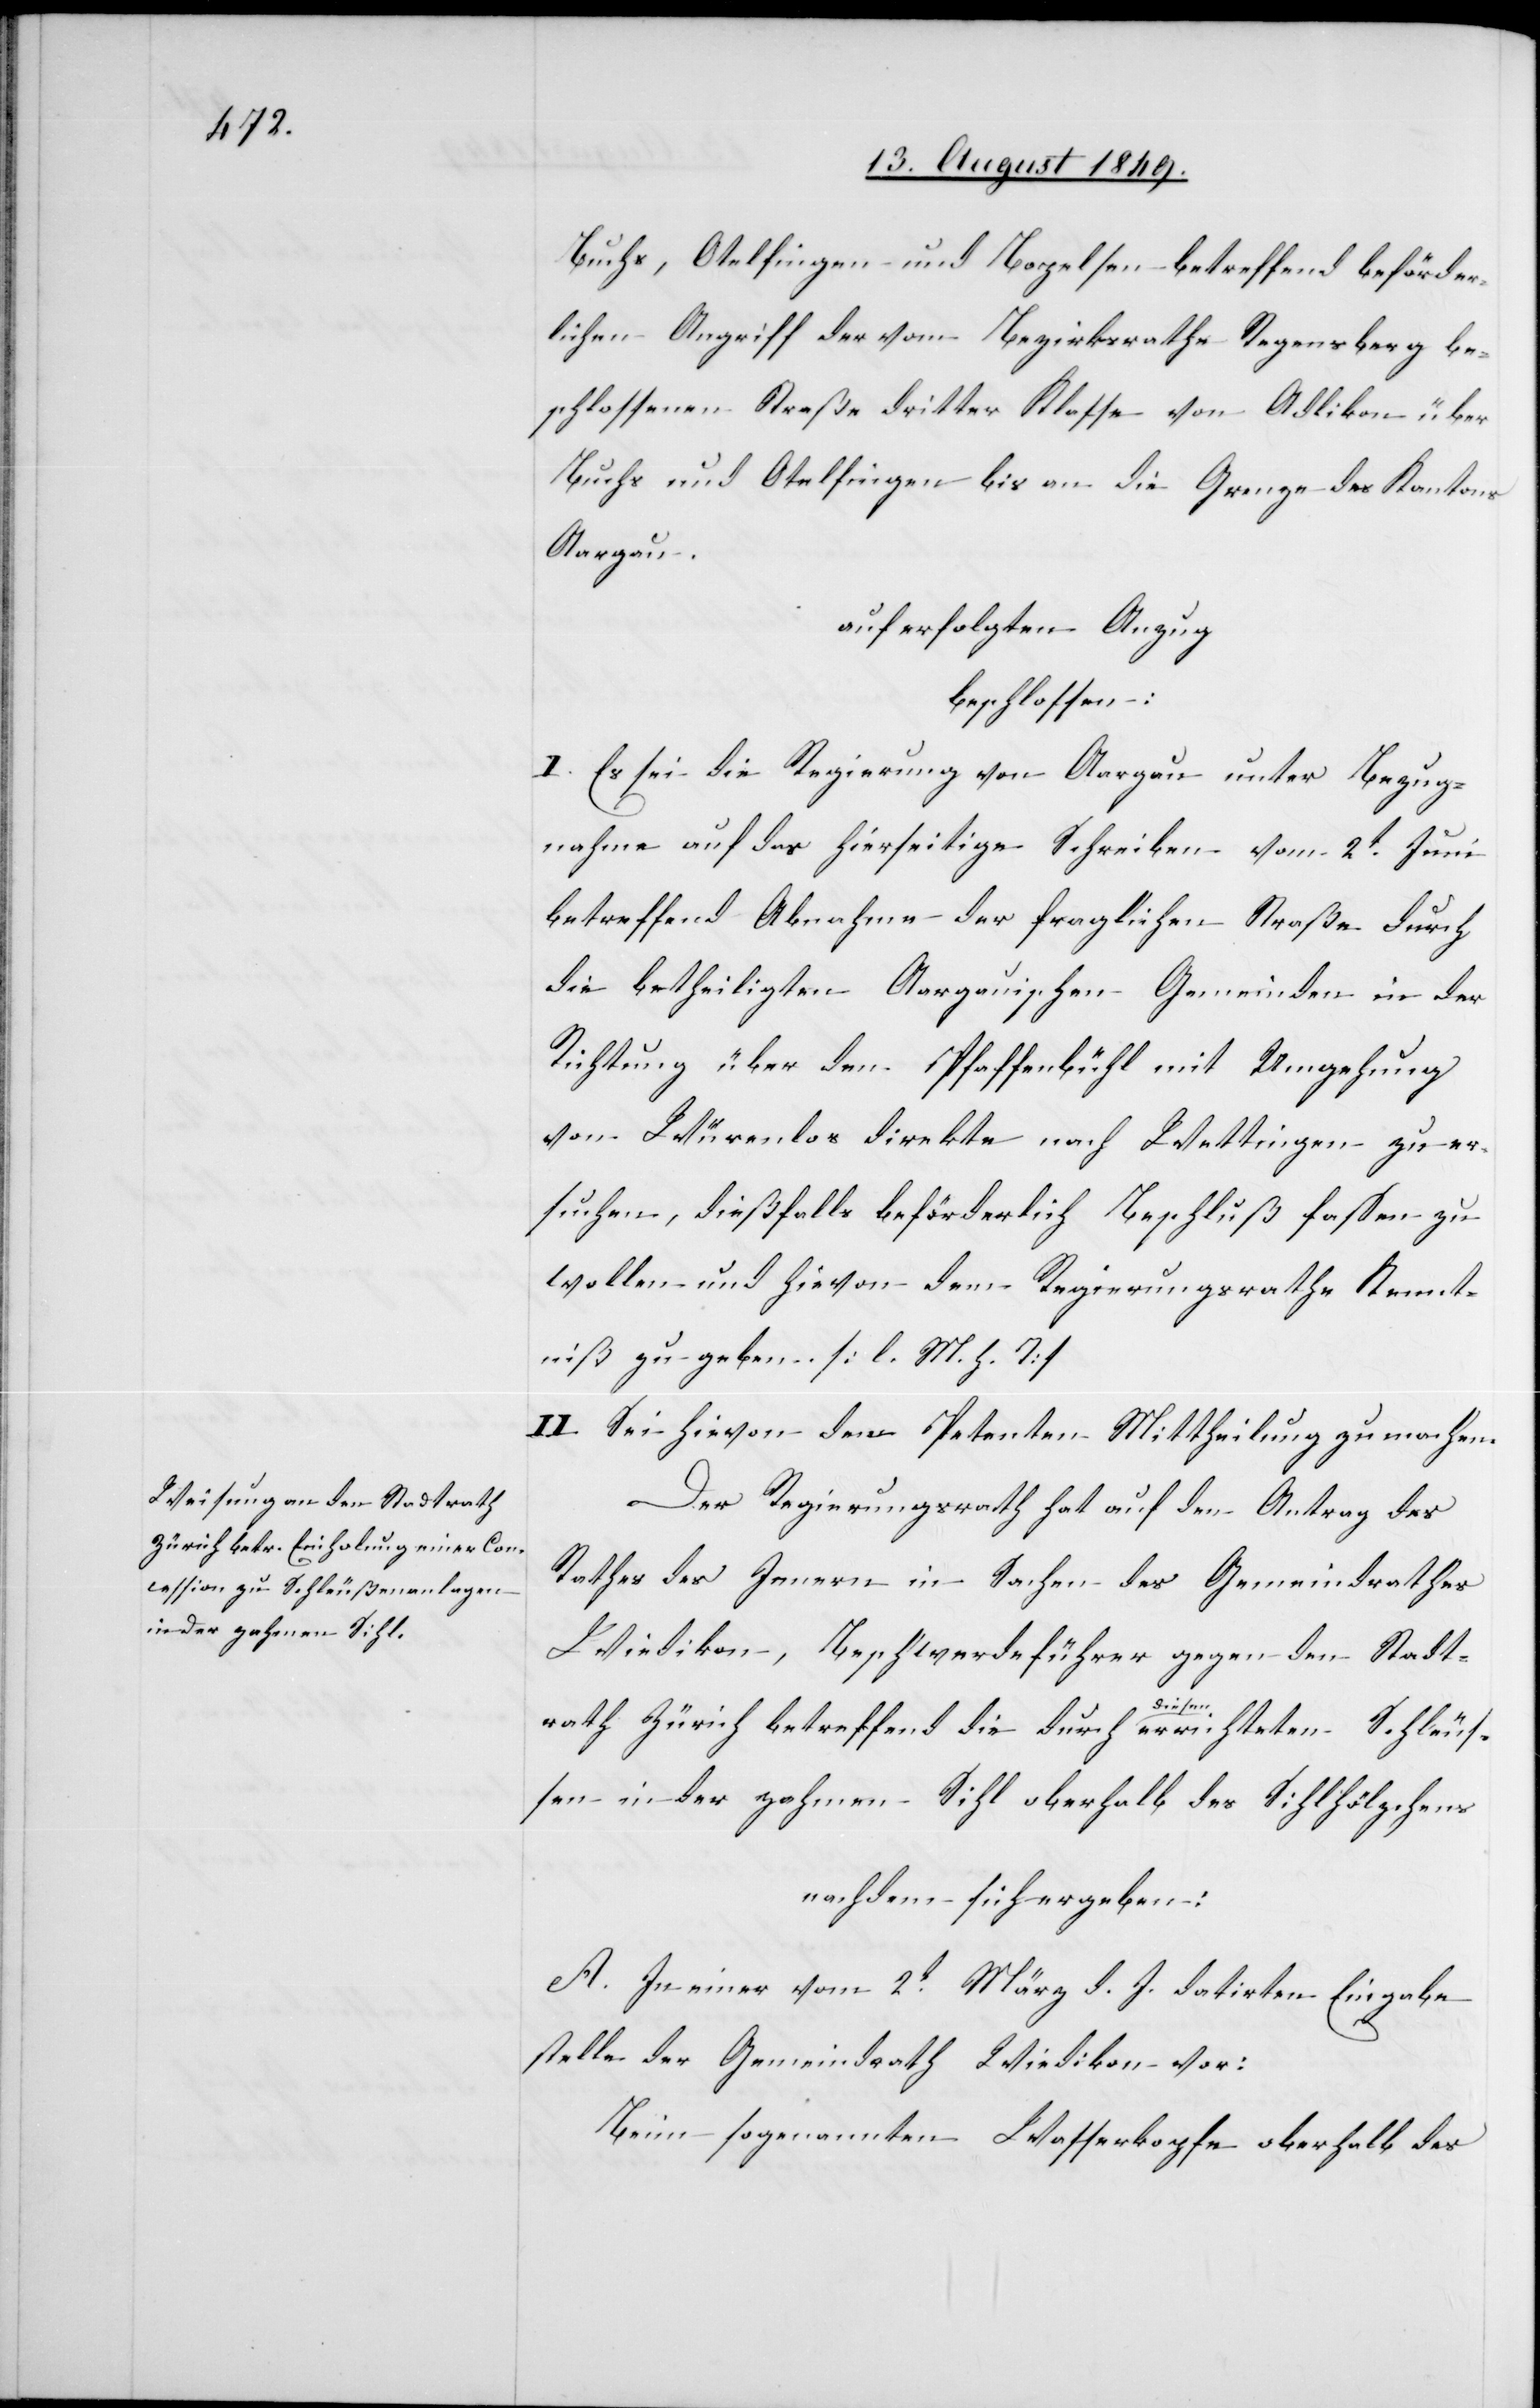
Buchs, Otelfingen und Bopelsen betreffend beförder¬
lichen Angriff der vom Bezirksrathe Regensberg be¬
schlossenen Straße dritter Klasse von Adlikon über
Buchs und Otelfingen bis an die Grenze des Kantons
Aargau.
auf erfolgten Anzug
beschlossen:
I. Es sei die Regierung von Aargau unter Bezug¬
nahme auf das hierseitige Schreiben vom 2t Juni
betreffend Abnahme der fraglichen Straße durch
die betheiligten Aargauischen Gemeinden in der
Richtung über den Pfaffenbühl mit Umgehung
von Würenlos direkte nach Wettingen zu er¬
suchen, dießfalls beförderlich Beschluß fassen zu
wollen und hievon dem Regierungsrathe Kennt¬
niß zu geben. [l. M. h. T]
II. Sei hievon dem Petenten Mittheilung zu machen.
Der Regierungsrath hat auf den Antrag des
Rathes des Innern in Sachen des Gemeindrathes
Wiedikon, Beschwerdeführer gegen den Stadt¬
rath Zürich betreffend die durch a-diesen-a errichteten Schleus¬
sen in der zahmen Sihl oberhalb des Sihlhölzchens
nachdem sich ergeben:
A. In einer vom 2t März d. J. datirten Eingabe
stelle der Gemeindrath Wiedikon vor:
Beim sogenannten Wasserkopfe oberhalb des